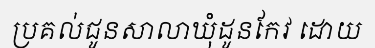
ប្រគល់ជូនសាលាឃុំដូនកែវ ដោយ